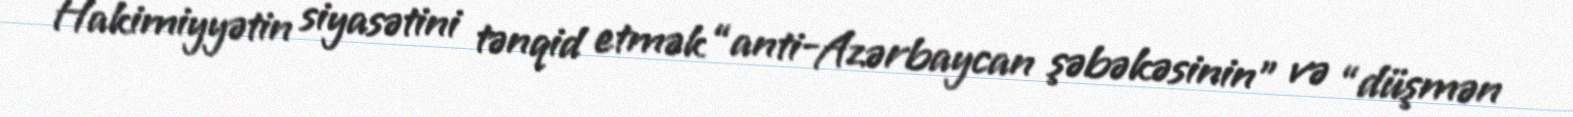
Hakimiyyətin siyasətini tənqid etmək “anti-Azərbaycan şəbəkəsinin” və “düşmən